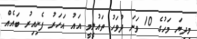
މިދިޔަ މަހުގެ 10 ވަނަ ދުވަހު ތައުލީމީ އައު އަހަރު ފެށިއިރު ބައެއް